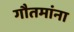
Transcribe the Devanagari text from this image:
गौतमांना